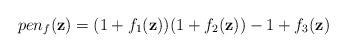
LaTeX: \begin{align*}pen_f(\mathbf{z}) = (1+f_1(\mathbf{z})) (1+f_2(\mathbf{z})) - 1 + f_3(\mathbf{z})\end{align*}